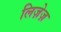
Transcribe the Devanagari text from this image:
लिज़ेज़